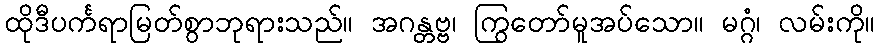
ထိုဒီပင်္ကရာမြတ်စွာဘုရားသည်။ အဂန္တဗ္ဗ၊ ကြွတော်မူအပ်သော။ မဂ္ဂံ၊ လမ်းကို။